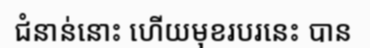
ជំនាន់នោះ ហើយមុខរបរនេះ បាន